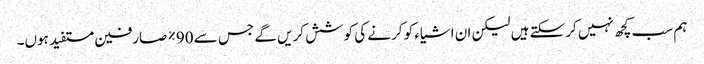
ہم سب کچھ نہیں کرسکتے ہیں لیکن ان اشیاء کو کرنے کی کوشش کریں گے جس سے 90٪ صارفین مستفید ہوں۔